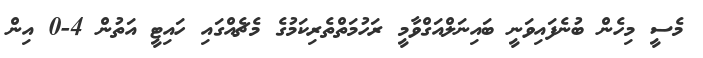
މެސީ މިހެން ބުނެފައިވަނީ ބައިނަލްއަގްވާމީ ރަހުމަތްތެރިކަމުގެ މެޗެއްގައި ހައިޓީ އަތުން 4-0 އިން